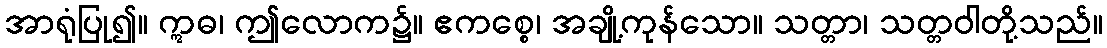
အာရုံပြု၍။ ဣဓ၊ ဤလောက၌။ ဧကစ္စေ၊ အချို့ကုန်သော။ သတ္တာ၊ သတ္တဝါတို့သည်။